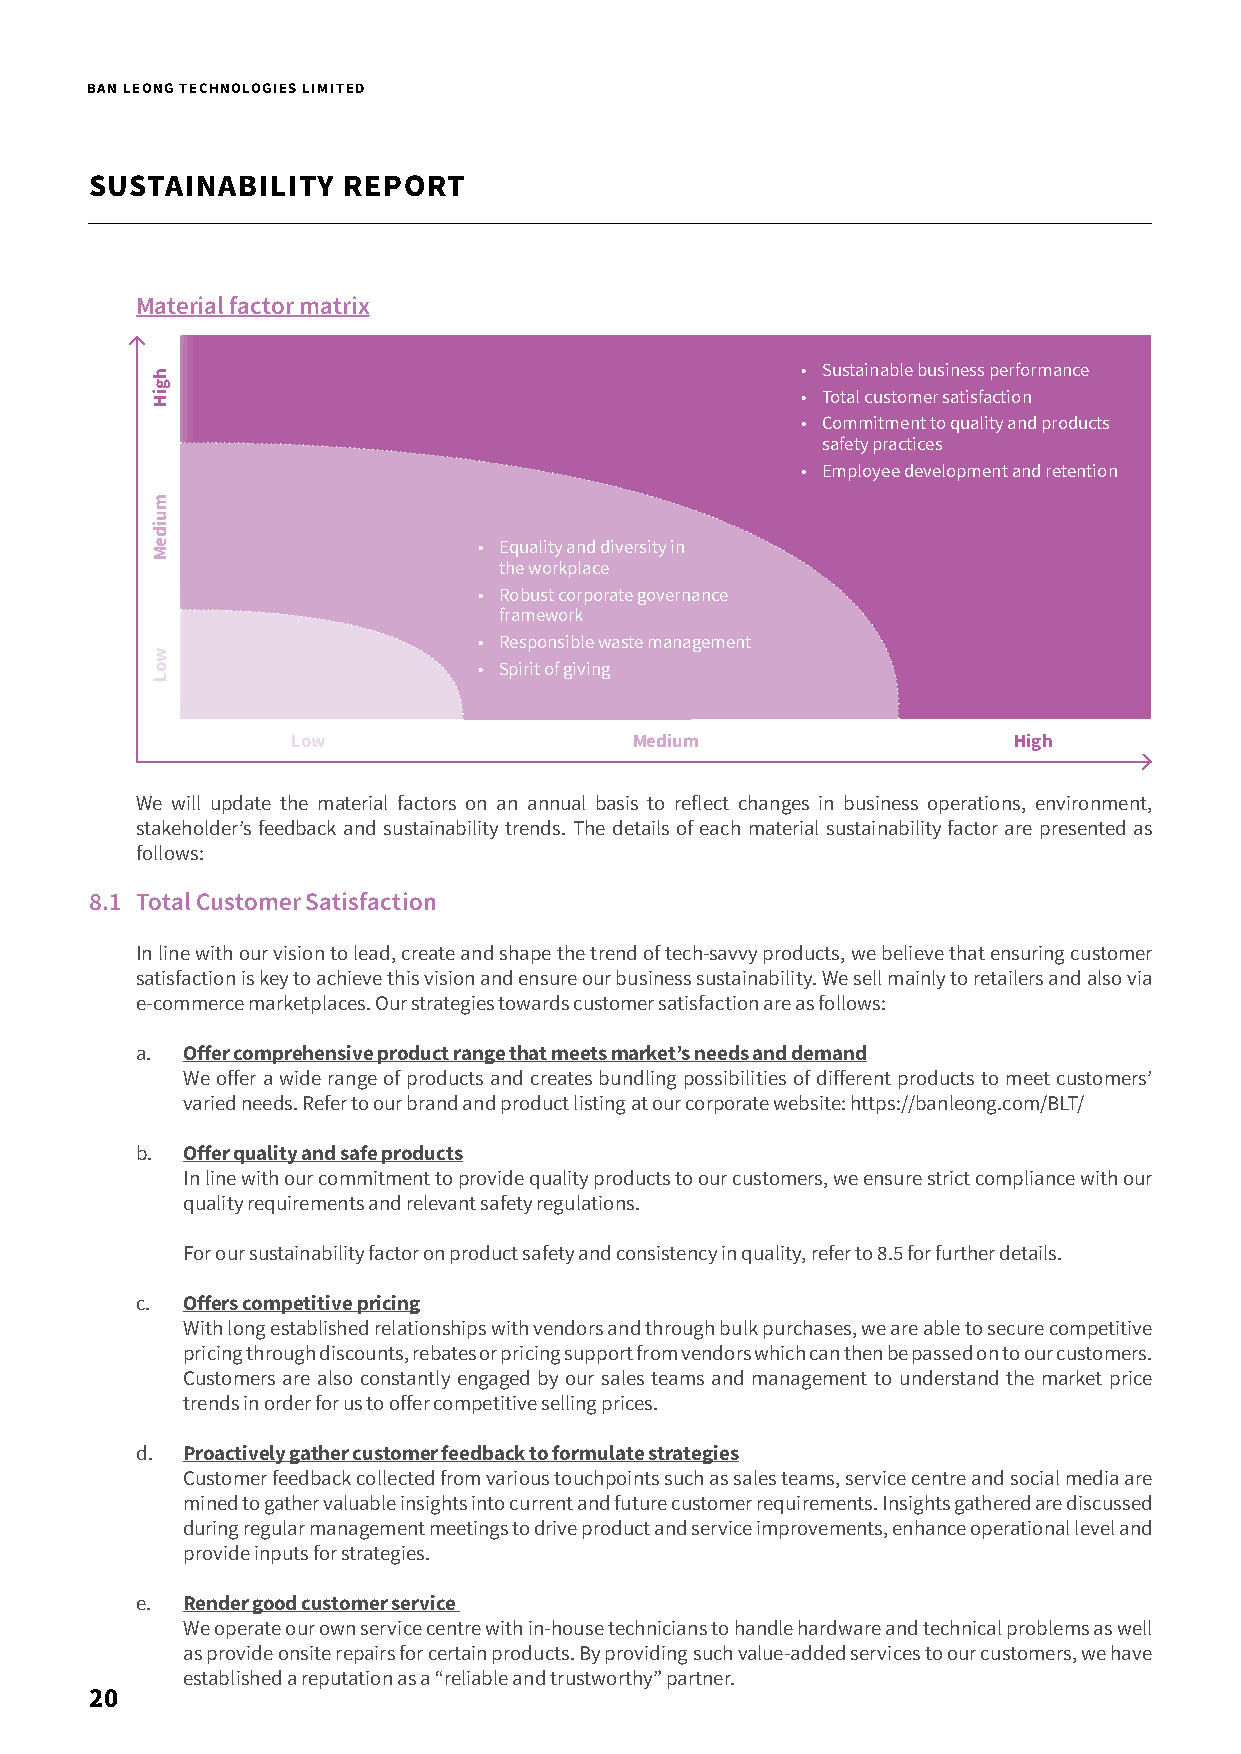
BAN LEONG TECHNOLOGIES LIMITED
 SUSTAINABILITY   REPORT
 Material factor matrix
 • Sustainable business performance
 • Total customer satisfaction
 • Commitment to quality and products
 safety practices
 • Employee development and retention
 • Equality and diversity in
 the workplace
 • Robust corporate governance
 framework
 • Responsible waste management
 • Spirit of giving
 Low                    Medium                   High
 We will update the material factors on an annual basis to reflect changes in business operations, environment,
 stakeholder’s feedback and sustainability trends. The details of each material sustainability factor are presented as
 follows:
 8.1 Total Customer Satisfaction
 In line with our vision to lead, create and shape the trend of tech-savvy products, we believe that ensuring customer
 satisfaction is key to achieve this vision and ensure our business sustainability. We sell mainly to retailers and also via
 e-commerce marketplaces. Our strategies towards customer satisfaction are as follows:
 a. Offer comprehensive product range that meets market’s needs and demand
 We offer a wide range of products and creates bundling possibilities of different products to meet customers’
 varied needs. Refer to our brand and product listing at our corporate website: https://banleong.com/BLT/
 b. Offer quality and safe products
 In line with our commitment to provide quality products to our customers, we ensure strict compliance with our
 quality requirements and relevant safety regulations.
 For our sustainability factor on product safety and consistency in quality, refer to 8.5 for further details.
 c. Offers competitive pricing
 With long established relationships with vendors and through bulk purchases, we are able to secure competitive
 pricing through discounts, rebates or pricing support from vendors which can then be passed on to our customers.
 Customers are also constantly engaged by our sales teams and management to understand the market price
 trends in order for us to offer competitive selling prices.
 d. Proactively gather customer feedback to formulate strategies
 Customer feedback collected from various touchpoints such as sales teams, service centre and social media are
 mined to gather valuable insights into current and future customer requirements. Insights gathered are discussed
 during regular management meetings to drive product and service improvements, enhance operational level and
 provide inputs for strategies.
 e. Render good customer service
 W   e operate our own service centre with in-house technicians to handle hardware and technical problems as well
 as provide onsite repairs for certain products. By providing such value-added services to our customers, we have
 established a reputation as a “reliable and trustworthy” partner.
 20
 hgiH
 muideM
 woL